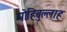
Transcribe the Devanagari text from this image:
मोहिबुल्लाह